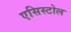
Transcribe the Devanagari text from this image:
एसिस्टोल